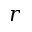
\boldsymbol r